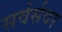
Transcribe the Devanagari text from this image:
सर्वर्सवर